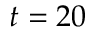
t = 2 0